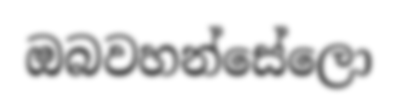
ඔබවහන්සේලො